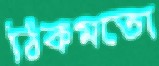
ঠিকমতো